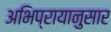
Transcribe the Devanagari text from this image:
अभिप्रायानुसार